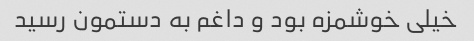
خیلی خوشمزه بود و داغم به دستمون رسید